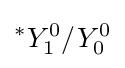
^{*}Y_{1}^{0}/Y_{0}^{0}